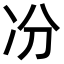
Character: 𠖲